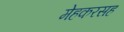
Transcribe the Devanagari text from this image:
मेहकरसह